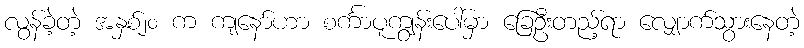
လွန်ခဲ့တဲ့ အနှစ်၂၀ က ကျနော်ဟာ စင်္ကာပူကျွန်းပေါ်မှာ ခြေဦးတည့်ရာ လျှောက်သွားနေတဲ့